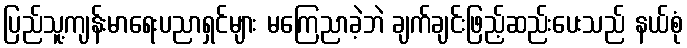
ပြည်သူ့ကျန်းမာရေးပညာရှင်များ မကြေညာခဲ့ဘဲ ချက်ချင်းဖြည့်ဆည်းပေးသည် နယ်စုံ